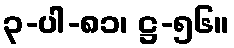
၃-ပါ-၈၁၊ ဋ္ဌ-၅၆။